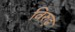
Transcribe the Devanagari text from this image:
विरुढ़